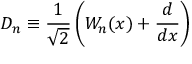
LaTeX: D _ { n } \equiv \frac { 1 } { \sqrt { 2 } } \left( W _ { n } ( x ) + \frac { d } { d x } \right)